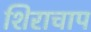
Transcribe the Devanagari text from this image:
शिराचाप